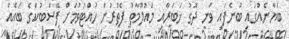
ބަޔާނެއްގައި ބުނެފައި ވަނީ ދޮގު ޚަބަރާއި މައުލޫމާތު ފެތުރުން ހުއްޓުވުމަށް ފޭސްބުކްގެ ބައެއް